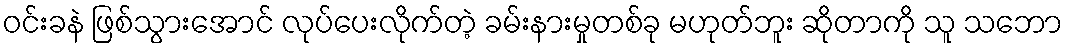
ဝင်းခနဲ ဖြစ်သွားအောင် လုပ်ပေးလိုက်တဲ့ ခမ်းနားမှုတစ်ခု မဟုတ်ဘူး ဆိုတာကို သူ သဘော